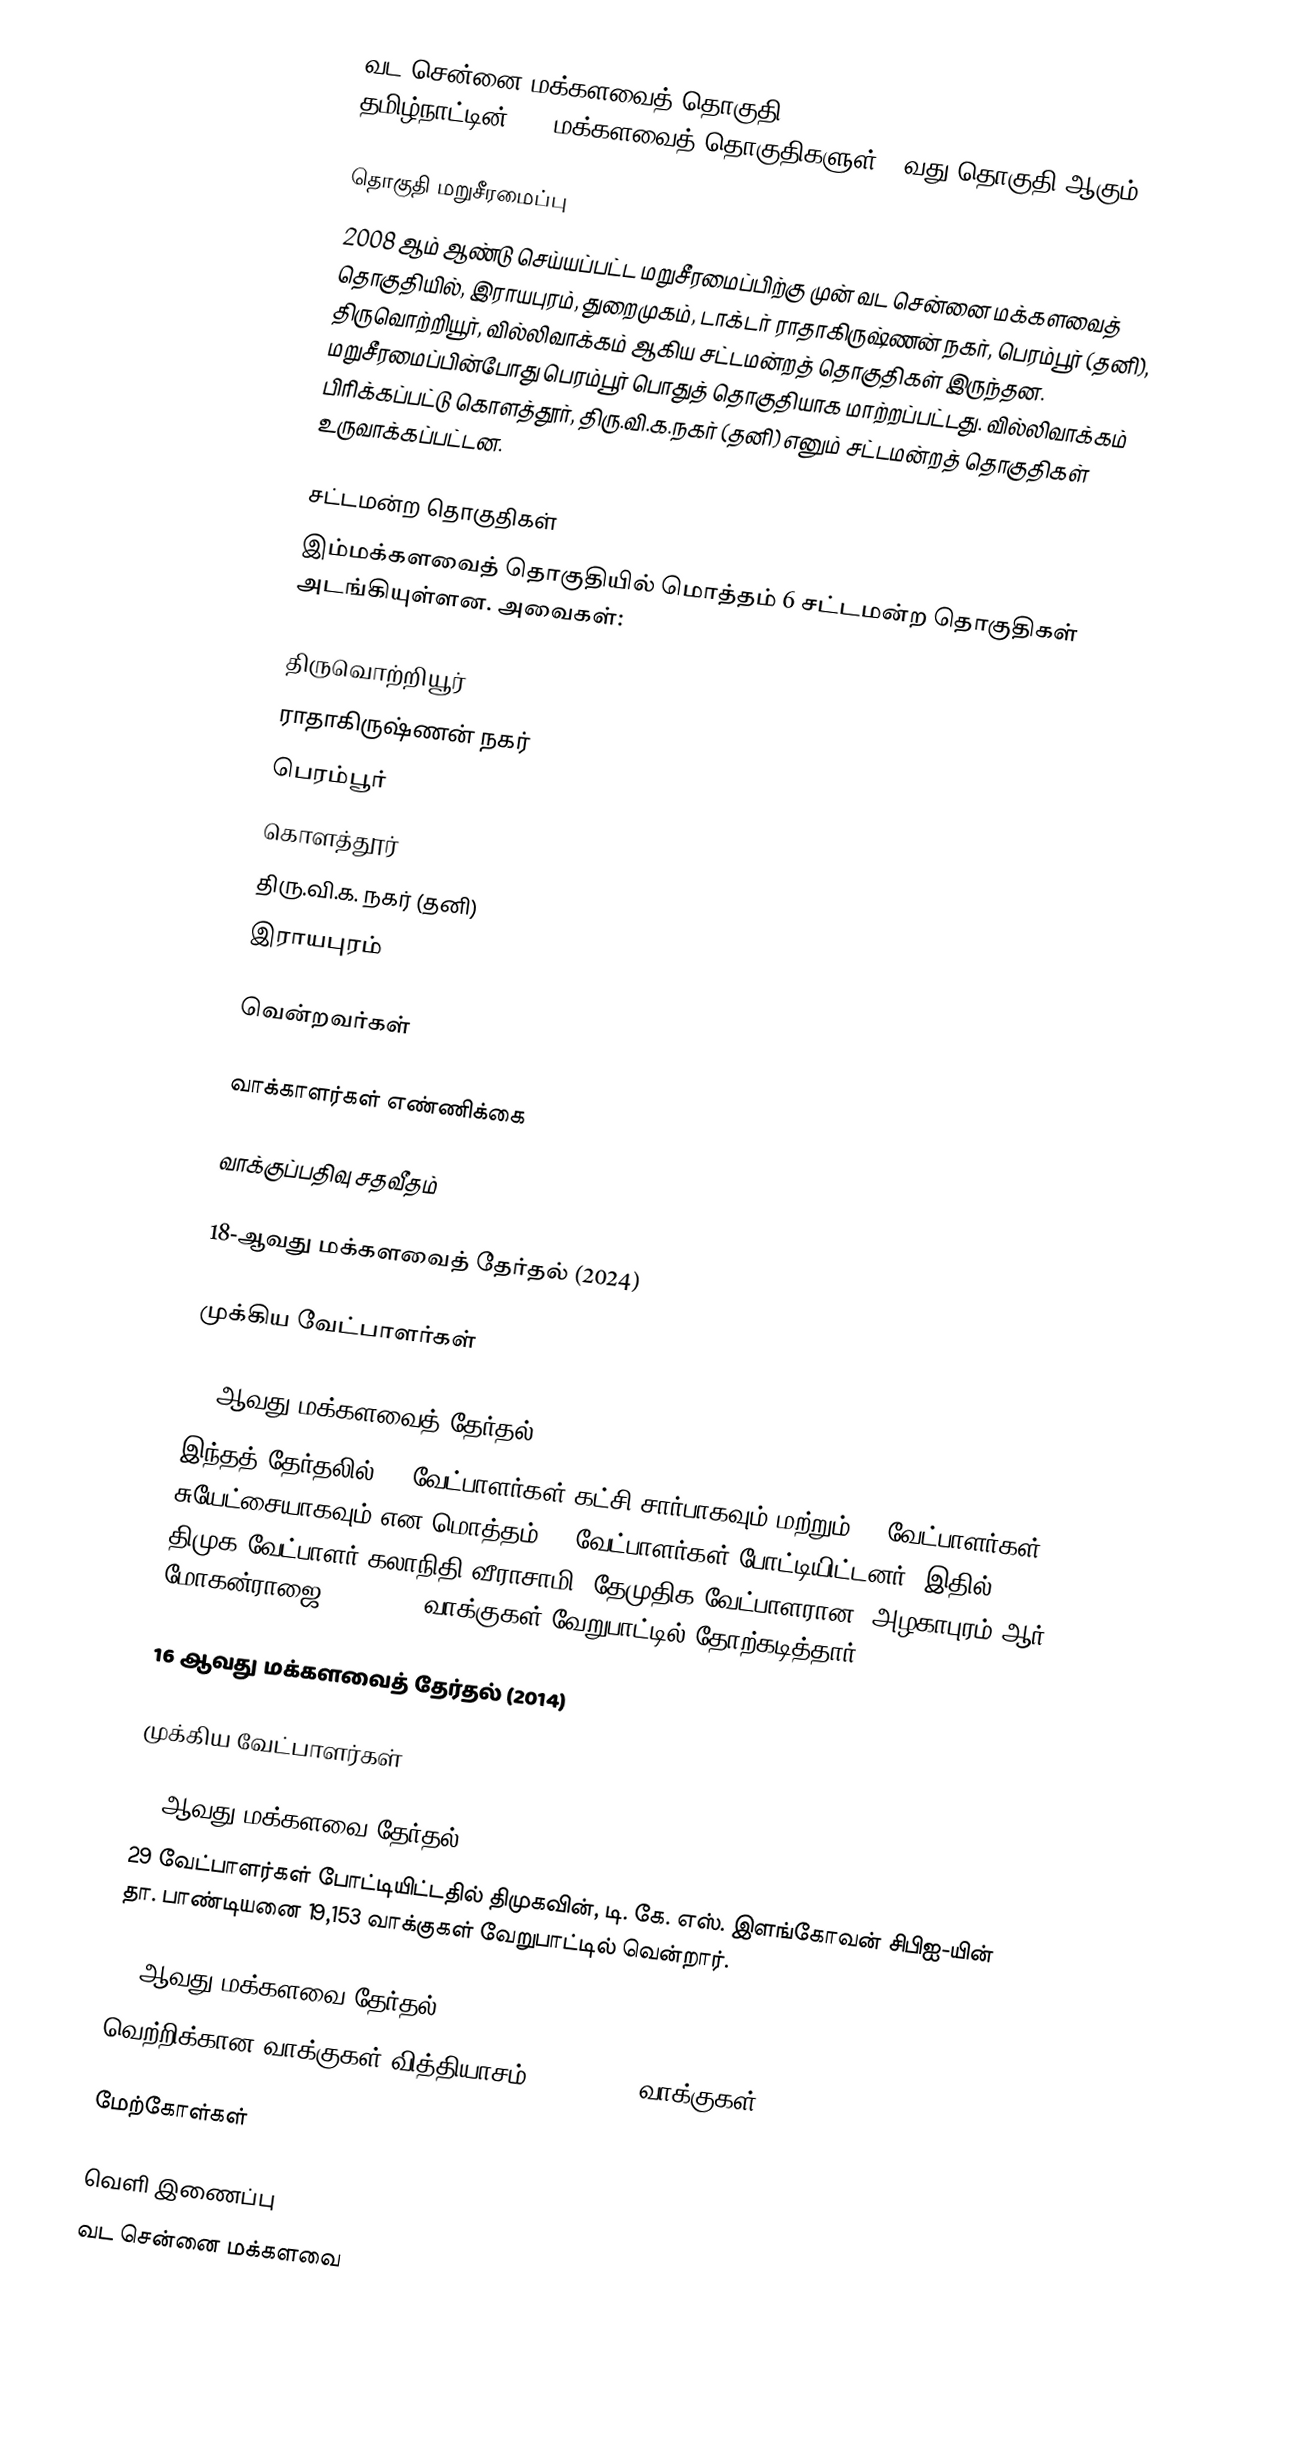
வட சென்னை மக்களவைத் தொகுதி (Chennai North Lok Sabha constituency) தமிழ்நாட்டின், 39 மக்களவைத் தொகுதிகளுள், 2வது தொகுதி ஆகும்.

தொகுதி மறுசீரமைப்பு
2008 ஆம் ஆண்டு செய்யப்பட்ட மறுசீரமைப்பிற்கு முன் வட சென்னை மக்களவைத் தொகுதியில், இராயபுரம், துறைமுகம், டாக்டர் ராதாகிருஷ்ணன் நகர், பெரம்பூர் (தனி), திருவொற்றியூர், வில்லிவாக்கம் ஆகிய சட்டமன்றத் தொகுதிகள் இருந்தன. மறுசீரமைப்பின்போது பெரம்பூர் பொதுத் தொகுதியாக மாற்றப்பட்டது. வில்லிவாக்கம் பிரிக்கப்பட்டு கொளத்தூர், திரு.வி.க.நகர் (தனி) எனும் சட்டமன்றத் தொகுதிகள் உருவாக்கப்பட்டன.

சட்டமன்ற தொகுதிகள்
இம்மக்களவைத் தொகுதியில் மொத்தம் 6 சட்டமன்ற தொகுதிகள் அடங்கியுள்ளன. அவைகள்:

 திருவொற்றியூர்
 ராதாகிருஷ்ணன் நகர்
 பெரம்பூர்
 கொளத்தூர்
 திரு.வி.க. நகர் (தனி)
 இராயபுரம்

வென்றவர்கள்

வாக்காளர்கள் எண்ணிக்கை

வாக்குப்பதிவு சதவீதம்

18-ஆவது மக்களவைத் தேர்தல் (2024)

முக்கிய வேட்பாளர்கள்

17-ஆவது மக்களவைத் தேர்தல் (2019)
இந்தத் தேர்தலில் 10 வேட்பாளர்கள் கட்சி சார்பாகவும் மற்றும் 13 வேட்பாளர்கள் சுயேட்சையாகவும் என மொத்தம் 23 வேட்பாளர்கள் போட்டியிட்டனர். இதில் திமுக வேட்பாளர் கலாநிதி வீராசாமி, தேமுதிக வேட்பாளரான, அழகாபுரம் ஆர். மோகன்ராஜை, 4,61,518 வாக்குகள் வேறுபாட்டில் தோற்கடித்தார்.

16 ஆவது மக்களவைத் தேர்தல் (2014)

முக்கிய வேட்பாளர்கள்

15 ஆவது மக்களவை தேர்தல் (2009)
29 வேட்பாளர்கள் போட்டியிட்டதில் திமுகவின், டி. கே. எஸ். இளங்கோவன் சிபிஐ-யின் தா. பாண்டியனை 19,153 வாக்குகள் வேறுபாட்டில் வென்றார்.

14 ஆவது மக்களவை தேர்தல் (2004)
வெற்றிக்கான வாக்குகள் வித்தியாசம் = 2,53,539 வாக்குகள்.

மேற்கோள்கள்

வெளி இணைப்பு
 வட சென்னை மக்களவை